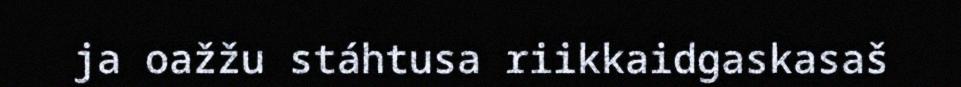
ja oažžu stáhtusa riikkaidgaskasaš